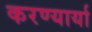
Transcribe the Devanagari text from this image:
करण्यार्या